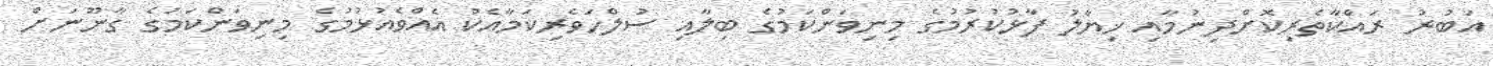
އަބުރު ރައްކާތެރިކޮށްދިނުމާއި ޚިޔާލު ފާޅުކުރުމުގެ މިނިވަންކަމުގެ ބިލާއި ސުލްހަވެރިކަމާއެކު އެއްވެއުޅުމުގެ މިނިވަންކަމުގެ ގާނޫނަށް